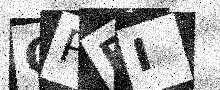
Text: QPRI